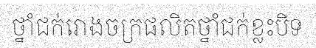
ថ្នាំជក់រោងចក្រផលិតថ្នាំជក់ខ្លះបិទ